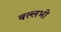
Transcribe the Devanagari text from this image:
बल्लभी